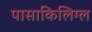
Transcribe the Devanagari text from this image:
पासाकिलिग्ल